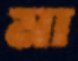
মা